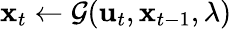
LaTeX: \mathbf{x}_{t}\gets\mathcal{G}(\mathbf{u}_{t},\mathbf{x}_{t-1},\lambda)